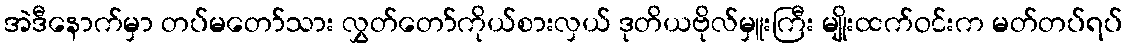
အဲဒီနောက်မှာ တပ်မတော်သား လွှတ်တော်ကိုယ်စားလှယ် ဒုတိယဗိုလ်မှူးကြီး မျိုးထက်ဝင်းက မတ်တပ်ရပ်